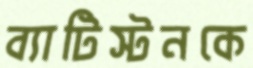
ব্যাটিস্টনকে